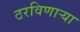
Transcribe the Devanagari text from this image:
ठरविणार्‍या